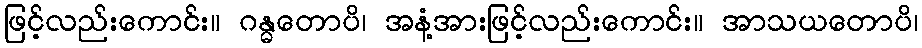
ဖြင့်လည်းကောင်း။ ဂန္ဓတောပိ၊ အနံ့အားဖြင့်လည်းကောင်း။ အာသယတောပိ၊